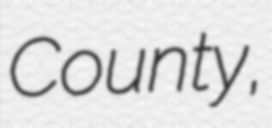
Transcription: County,